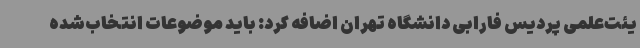
یئت‌علمی پردیس فارابی دانشگاه تهران اضافه کرد: باید موضوعات انتخاب‌شده